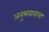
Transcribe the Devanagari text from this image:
अनुभवावरच